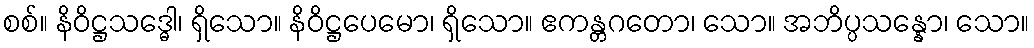
စစ်။ နိဝိဋ္ဌသဒ္ဓေါ၊ ရှိသော။ နိဝိဋ္ဌပေမော၊ ရှိသော။ ဧကန္တဂတော၊ သော။ အဘိပ္ပသန္နော၊ သော။